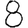
Digit: 8